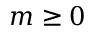
m \geq 0